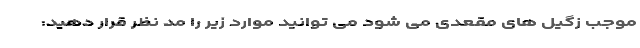
موجب زگیل های مقعدی می شود می توانید موارد زیر را مد نظر قرار دهید: